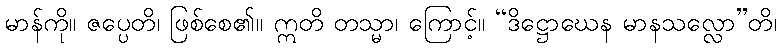
မာန်ကို။ ဇပ္ပေတိ၊ ဖြစ်စေ၏။ ဣတိ တသ္မာ၊ ကြောင့်။ “ဒိဋ္ဌောဃေန မာနသလ္လော”တိ၊